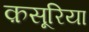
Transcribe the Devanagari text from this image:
क़सूरिया